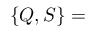
\left\{ Q , S \right\} =